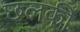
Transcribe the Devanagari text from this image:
छलकीं